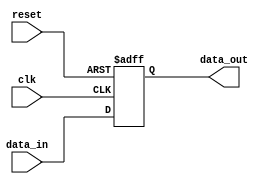
module Register (
  input wire clk,    // Clock signal
  input wire reset,  // Reset signal
  input wire data_in, // Data input
  output reg data_out // Data output
  );
  
  // Storage element using D flip-flop
  always @(posedge clk or posedge reset)
  begin
    if (reset)
      data_out <= 1'b0; // Reset data to 0
    else
      data_out <= data_in; // Load data on rising edge of clk
  end
  
endmodule